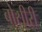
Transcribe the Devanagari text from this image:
बोसीरी